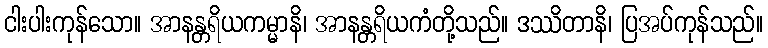
ငါးပါးကုန်သော။ အာနန္တရိယကမ္မာနိ၊ အာနန္တရိယကံတို့သည်။ ဒဿိတာနိ၊ ပြအပ်ကုန်သည်။